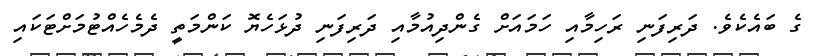
ގެ ބައެކެވެ. ދަރިފަނި ރަހިމާއި ހަމައަށް ގެންދިއުމާއި ދަރިފަނި ދުޅަހެޔޮ ކަންމަތީ ދެމެހެއްޓުމަށްޓަކައި